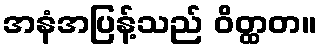
အနံအပြန့်သည် ဝိတ္ထတ။